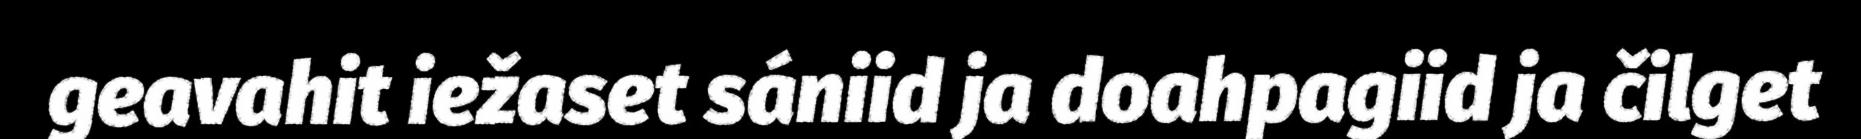
geavahit iežaset sániid ja doahpagiid ja čilget